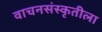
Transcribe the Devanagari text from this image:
वाचनसंस्कृतीला